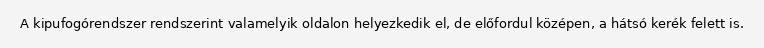
A kipufogórendszer rendszerint valamelyik oldalon helyezkedik el, de előfordul középen, a hátsó kerék felett is.